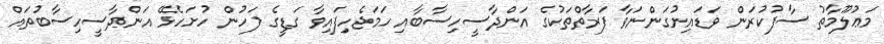
މަޢުލޫމާތު ސާފުކުރަން ވަޑައިނުގަންނަވާ ފަރާތްތަކުގެ އަންދާސީހިސާބާއި ހަމަޖެހިފައިވާ ގަޑީގެ ފަހުން ހުށަހެޅޭ އަންދާސީހިސާބުތައް